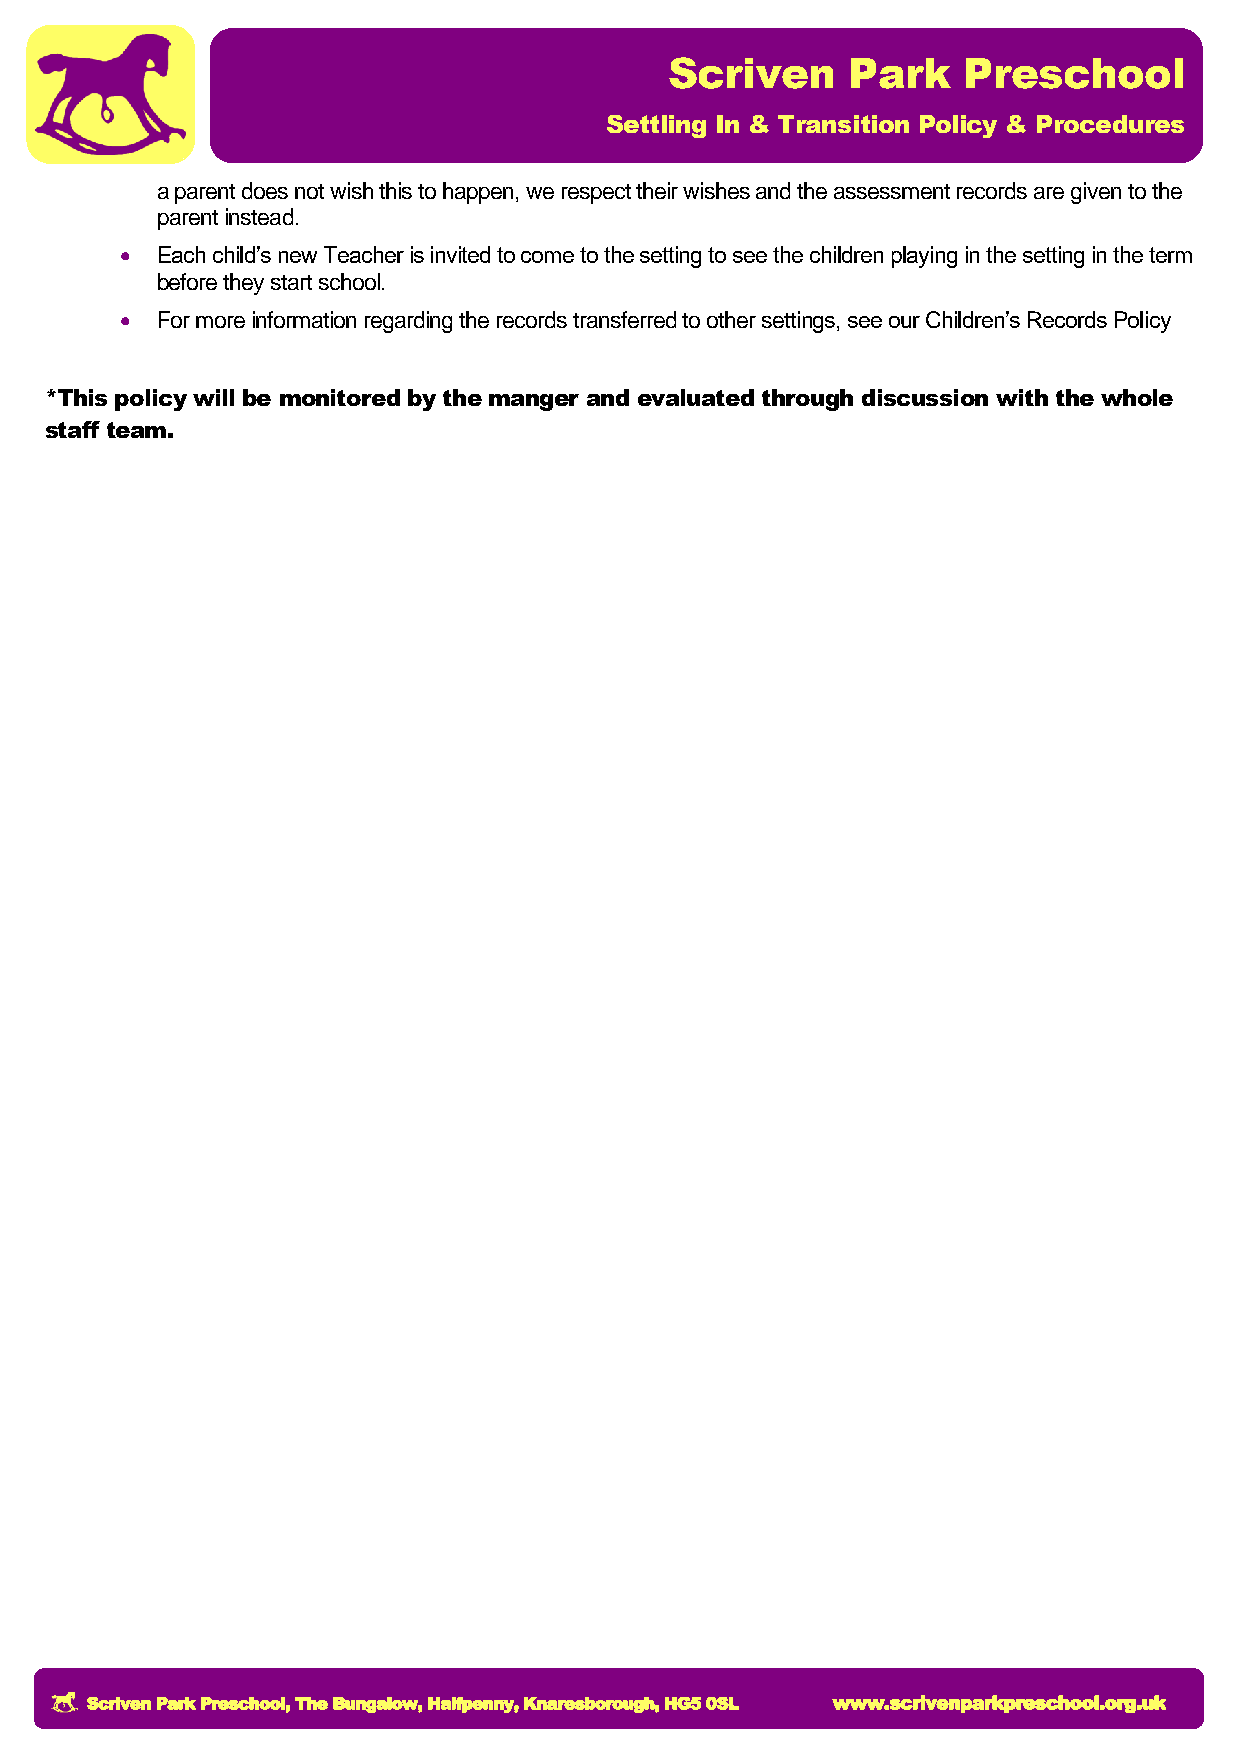
Scriven     Park    Preschool
 Settling In & Transition Policy & Procedures
 a parent does not wish this to happen, we respect their wishes and the assessment records are given to the
 parent instead.
  Each child’s new Teacher is invited to come to the setting to see the children playing in the setting in the term
 before they start school.
  For more information regarding the records transferred to other settings, see our Children’s Records Policy
 *This policy will be monitored by the manger and evaluated through discussion with the whole
 staff team.
 Scriven Park Preschool, The Bungalow, Halfpenny, Knaresborough, HG5 0SL www.scrivenparkpreschool.org.uk